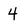
Character: 4